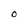
Character: O